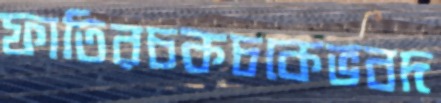
ফাতিরচকচকেভবদ